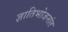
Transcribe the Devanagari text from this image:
ज्ञातिभोजनांत